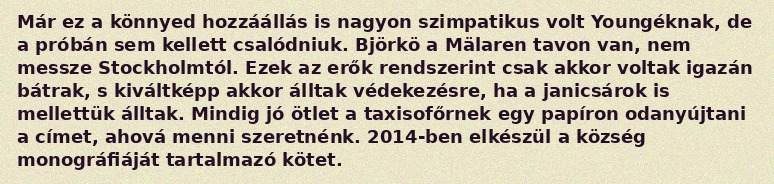
Már ez a könnyed hozzáállás is nagyon szimpatikus volt Youngéknak, de a próbán sem kellett csalódniuk. Björkö a Mälaren tavon van, nem messze Stockholmtól. Ezek az erők rendszerint csak akkor voltak igazán bátrak, s kiváltképp akkor álltak védekezésre, ha a janicsárok is mellettük álltak. Mindig jó ötlet a taxisofőrnek egy papíron odanyújtani a címet, ahová menni szeretnénk. 2014-ben elkészül a község monográfiáját tartalmazó kötet.